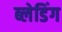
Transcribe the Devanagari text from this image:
ब्लेडिंग